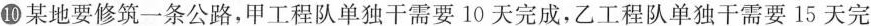
⑩某地要修筑一条公路，甲工程队单独干需要10天完成，乙工程队单独干需要15天完